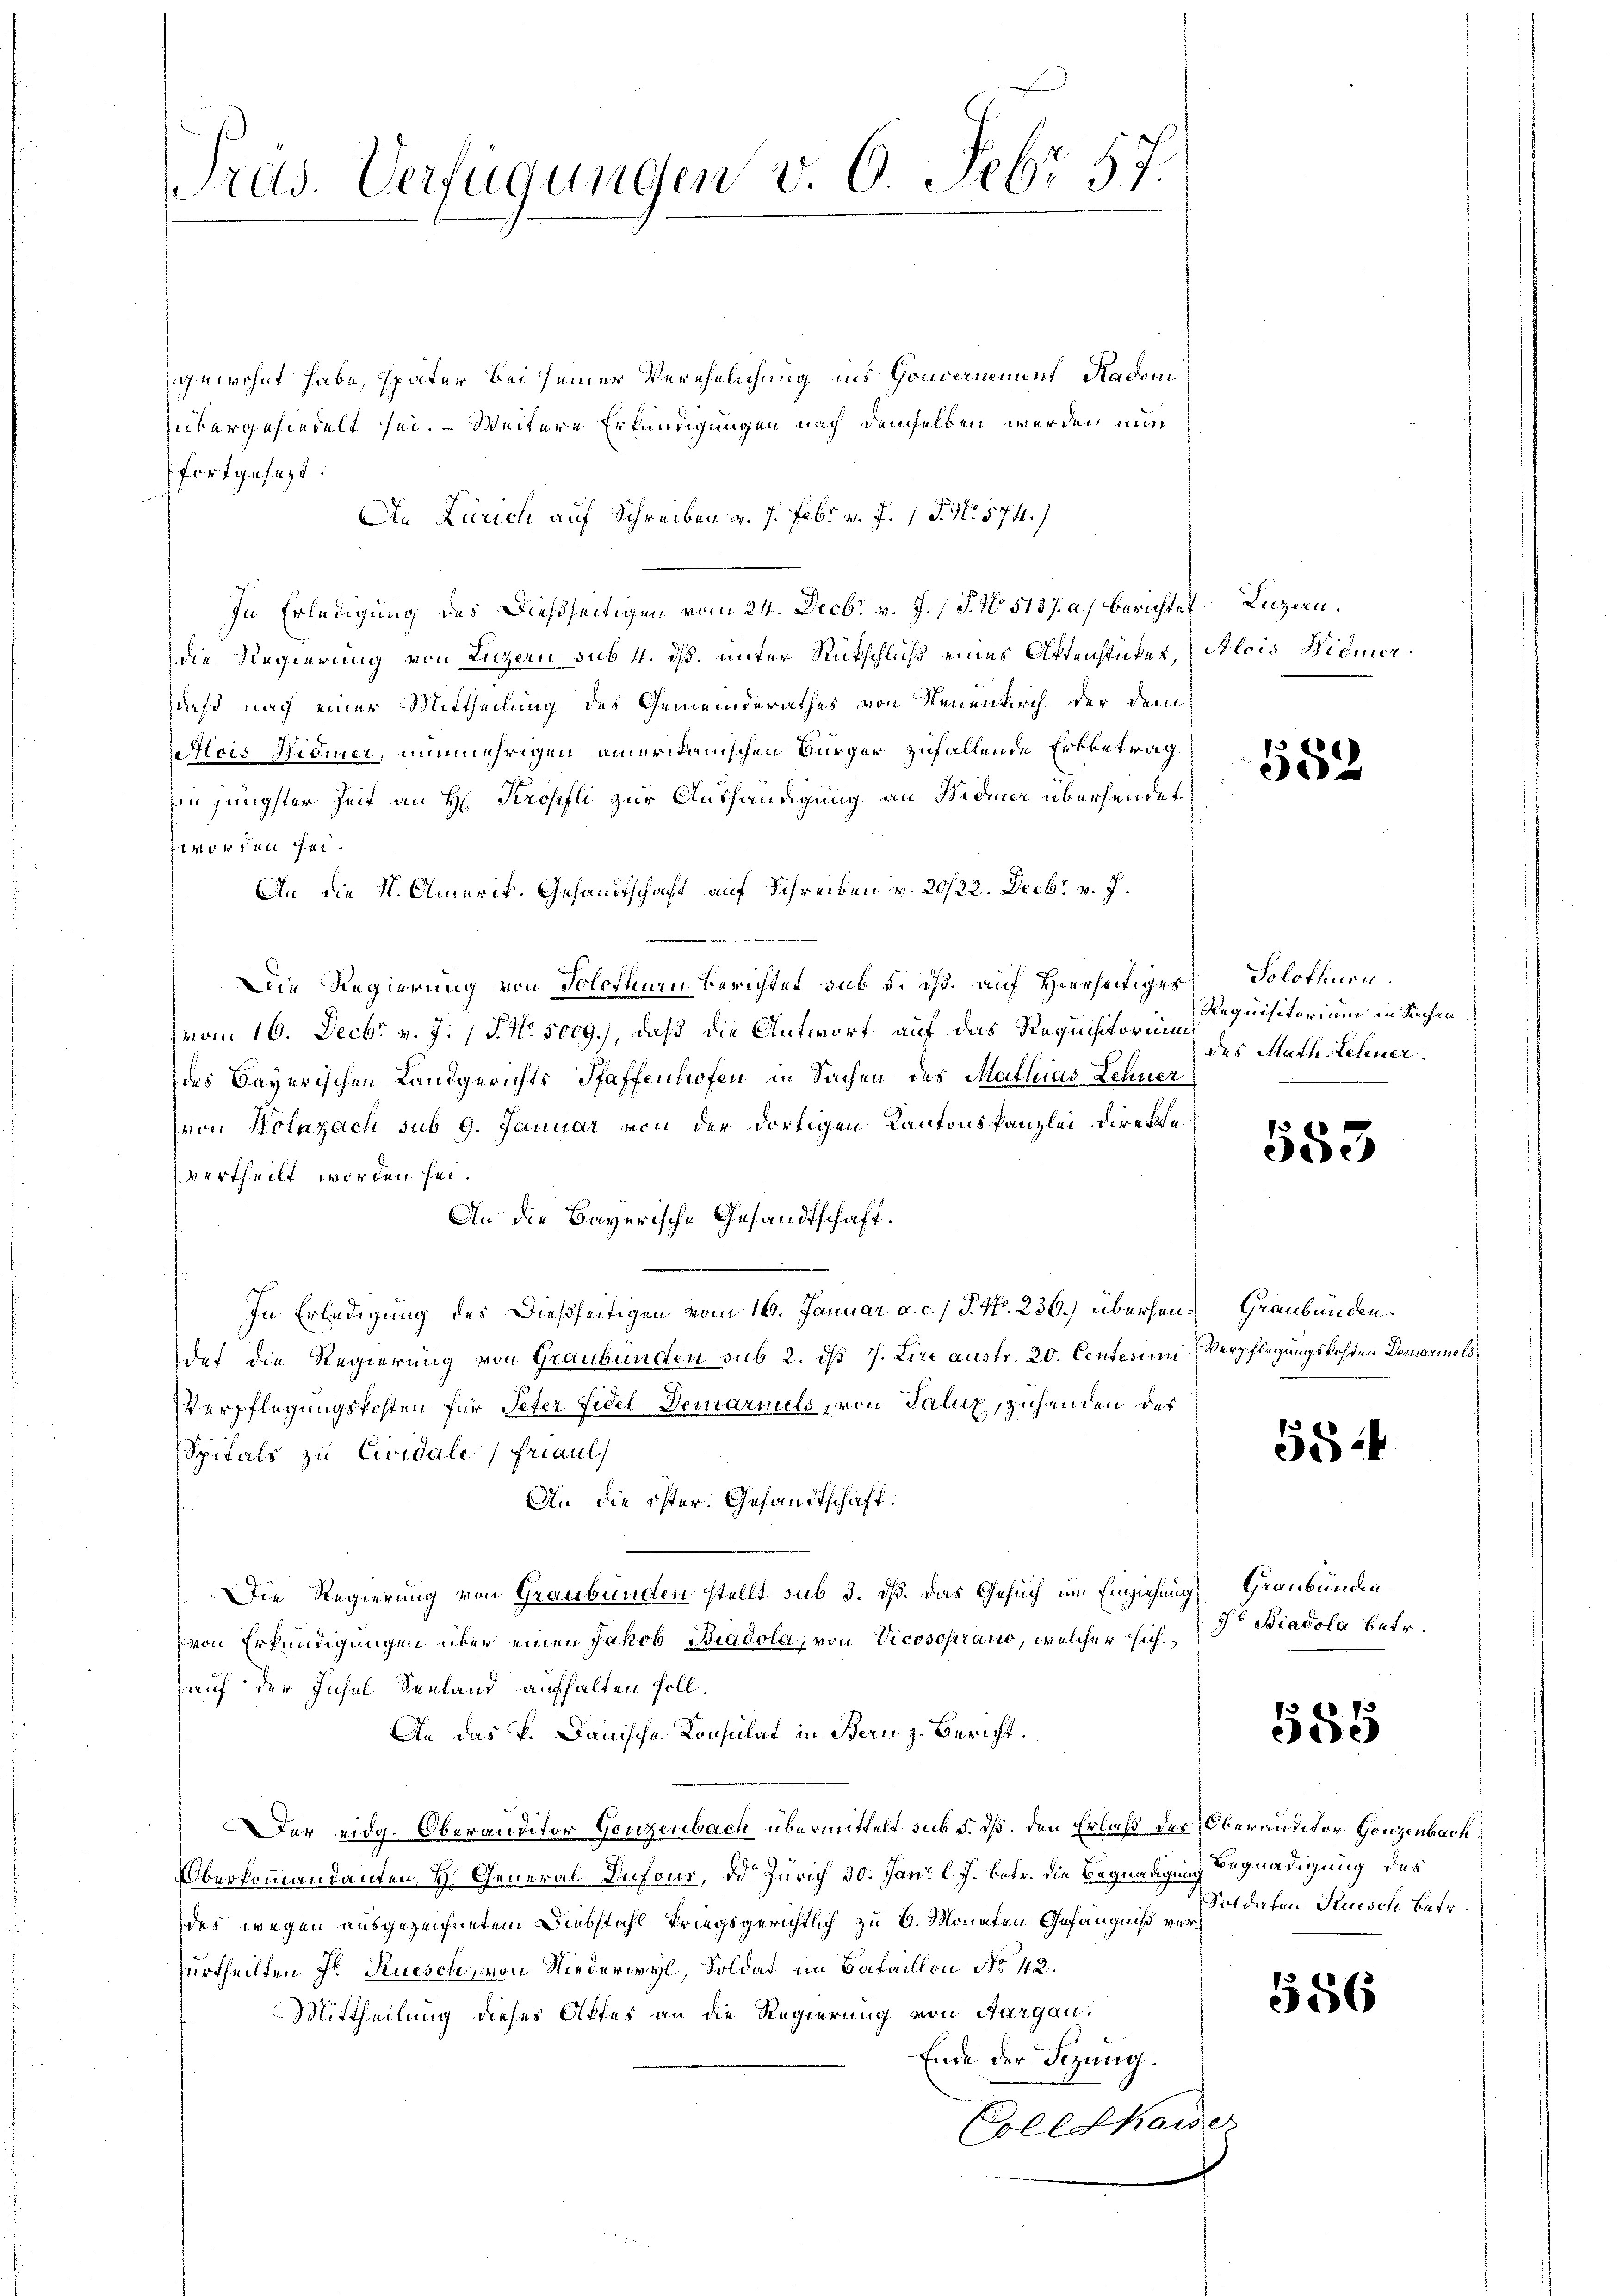
Pras. Verfügungen v. 6. Febr. 57.

gewohnt habe, später bei seiner Verehelichung ins Gouvernement Hadomi
ütergesiedelt sei. — Weitere Erkundigungen nach demselben werden nun
fortgesezt.
An Zürich auf Schreiben v. 7. Febr. a. f. 1 S. Nr. 574.)
In Erledigung des Dießseitigen vom 24. Decbr v. J. J. No 5137. a.) Berichte Luzern.
die Regierung von Luzern sub 4. dß. unter Rückschluß eines Aktenstükes, Alois Widmer
aesd nach einer Mittheilung des Gemeinderathes von Neuenkirch der demois Widmer, nunmehrigen amerikanischen Bürger zufallende Erbbetrag
in jüngster Zeit an H. Kropfli zur Aushändigung an Widmer übersendet,
worden sei¬
An die N. Omerit. Gesandtschaft auf Schreiben v. 20/22. Decbr v. J.
Die Regierung von Solothurn Berichtet sub 5. ds. auf Hierseitiges
mon 16. Decbr v. J. J. No. 5009.), daß die Antwort auf das Requisitorium
des Bayerischen Landgerichts Pfaffenhofen in Sachen des Mathias Lehner
von Koluzach sub 9. Januar von der dortigen Kantonskanzlei Direkte
vertheilt worden sei.
An die Bayerische Gesandtschaft.
In Erledigung des Dießseitigen vom 16. Januar a. c. / P. Nr. 236.) übersen Graubünden.
det die Regierung von Graubünden sub 2. ds J. Lire austr. 20. Centesium Verpflegungskosten Demariels¬
Verpflegungskosten für Peter Fidel Demariels, von Galiz, zuhanden des
Spitals zu Cividale (Friaul
An die öster. Gesandtschaft.
DDie Regierung von Graubünden stellt sub 3. dß. Das Gesuch um Einziehung
von Erkundigungen über einen Jakob Biadola, von Vicosoprano, welcher sich Dr. Biadola betr.
auf der Insel Seeland aufhalten soll.
An das P. Dänische Konsulat in Bern z. Bericht
Der eidg. Oberanditor Gonzenbach übermittelt sub 5. dß. den Erlaß des Oberauditor Gonzenbach
Oberkommandanten, H. General Dufons, od. Zürich 30. Jan. l. J. betr. die Begnadigung Begnadigung des
des wegen ausgezeichnetem Diebstahl kriegsgerichtlich zu 6. Monaten Gefängniß versurtheilten J. Rüesch, von Niederwyl, Soldat im Bataillon No 42.
Mittheilung dieses Offes an die Regierung von Aargau,
Ende der Sitzung.
Collekaise

552

Solothurn.
Requisitorium in Sachen
des Math. Lehner

583

554

Graubünden.

585

Soldaten Kuesch betr.

556